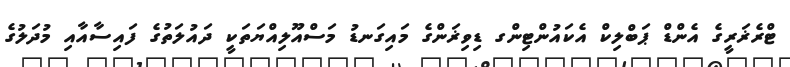
ޓްރެޜަރީގެ އެންޑް ޕަބްލިކް އެކައުންޓިންގ ޑިވިޜަންގެ މައިގަނޑު މަސްއޫލިއްޔަތަކީ ދައުލަތުގެ ފައިސާއާއި މުދަލުގެ